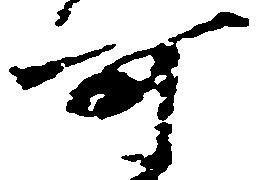
可